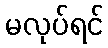
မလုပ်ရင်